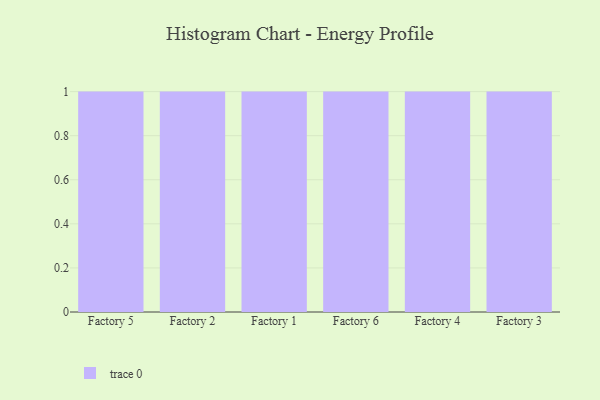
{"axis": {"x": "Factory", "y": "Energy Usage (MWh)"}, "legend": [""], "data": [{"x": "Factory 5", "y": 23, "type": ""}, {"x": "Factory 2", "y": 36, "type": ""}, {"x": "Factory 1", "y": 34, "type": ""}, {"x": "Factory 6", "y": 72, "type": ""}, {"x": "Factory 4", "y": 92, "type": ""}, {"x": "Factory 3", "y": 36, "type": ""}]}